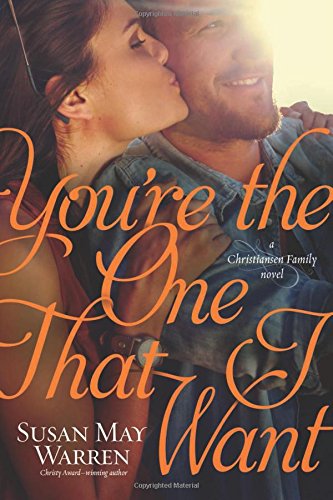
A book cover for You're the One That I Want (Christiansen Family); Susan May Warren; Romance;